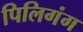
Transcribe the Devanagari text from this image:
पिलिगंग